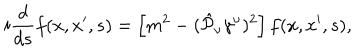
LaTeX: i \frac { d } { d s } f ( x , x ^ { \prime } , s ) = \left[ m ^ { 2 } - ( \hat { { \cal P } } _ { \nu } \gamma ^ { \nu } ) ^ { 2 } \right] f ( x , x ^ { \prime } , s ) ,